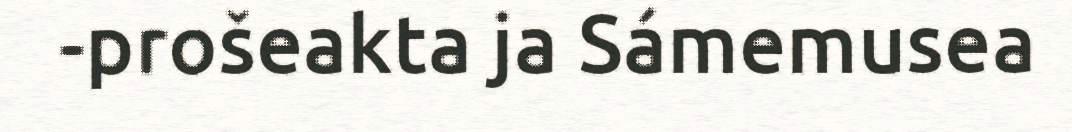
-prošeakta ja Sámemusea